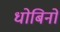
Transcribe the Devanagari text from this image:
धोबिनों